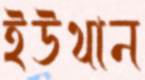
ইউথান